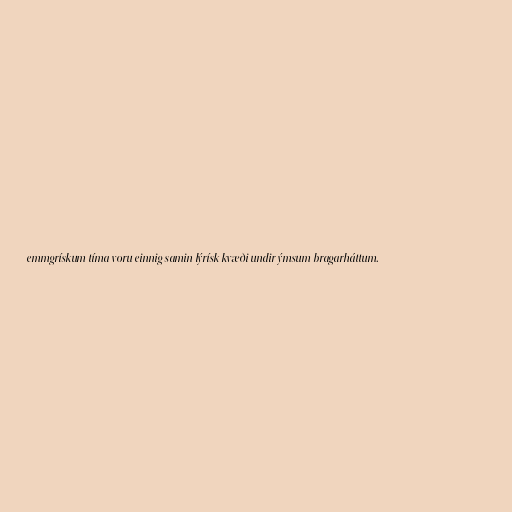
emmgrískum tíma voru einnig samin lýrísk kvæði undir ýmsum bragarháttum.